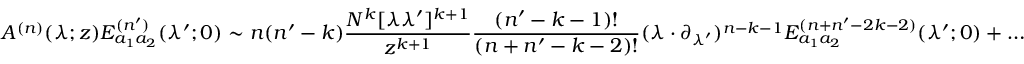
A ^ { ( n ) } ( \lambda ; z ) E _ { a _ { 1 } a _ { 2 } } ^ { ( n ^ { \prime } ) } ( \lambda ^ { \prime } ; 0 ) \sim n ( n ^ { \prime } - k ) \frac { N ^ { k } [ \lambda \lambda ^ { \prime } ] ^ { k + 1 } } { z ^ { k + 1 } } \frac { ( n ^ { \prime } - k - 1 ) ! } { ( n + n ^ { \prime } - k - 2 ) ! } ( \lambda \cdot \partial _ { \lambda ^ { \prime } } ) ^ { n - k - 1 } E _ { a _ { 1 } a _ { 2 } } ^ { ( n + n ^ { \prime } - 2 k - 2 ) } ( \lambda ^ { \prime } ; 0 ) + \dots